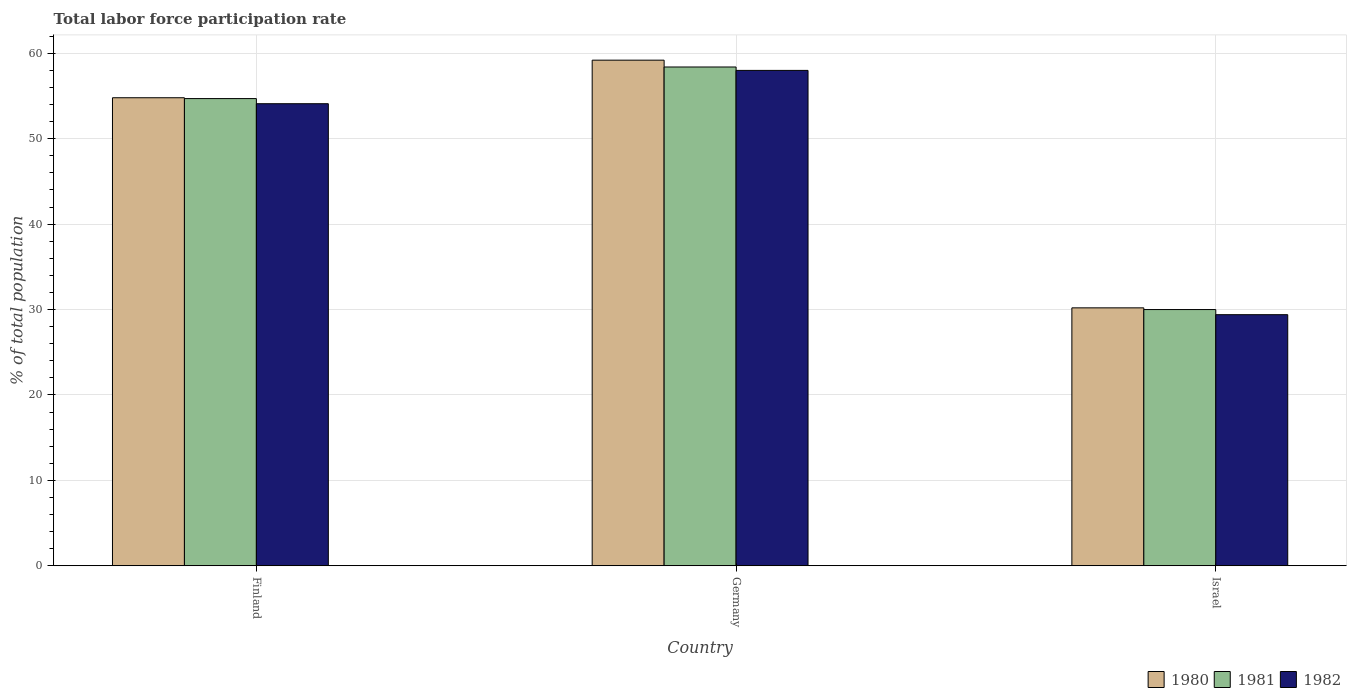
| Country | 1980 | 1981 | 1982 |
 | --- | --- | --- | --- |
 | Finland | 54.8 | 54.7 | 54.1 |
 | Germany | 59.2 | 58.4 | 58 |
 | Israel | 30.2 | 30 | 29.4 |